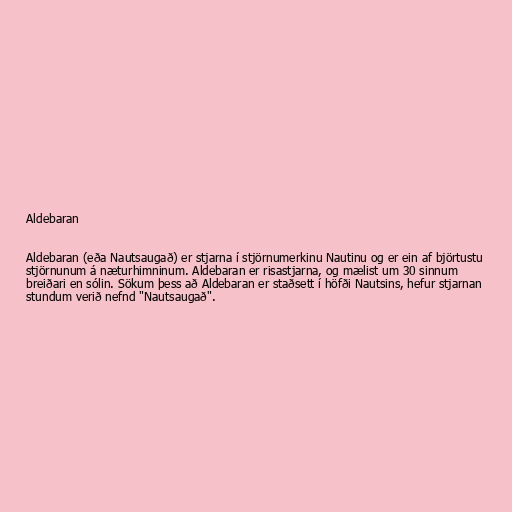
Aldebaran

Aldebaran (eða Nautsaugað) er stjarna í stjörnumerkinu Nautinu og er ein af björtustu
stjörnunum á næturhimninum. Aldebaran er risastjarna, og mælist um 30 sinnum
breiðari en sólin. Sökum þess að Aldebaran er staðsett í höfði Nautsins, hefur stjarnan
stundum verið nefnd "Nautsaugað".